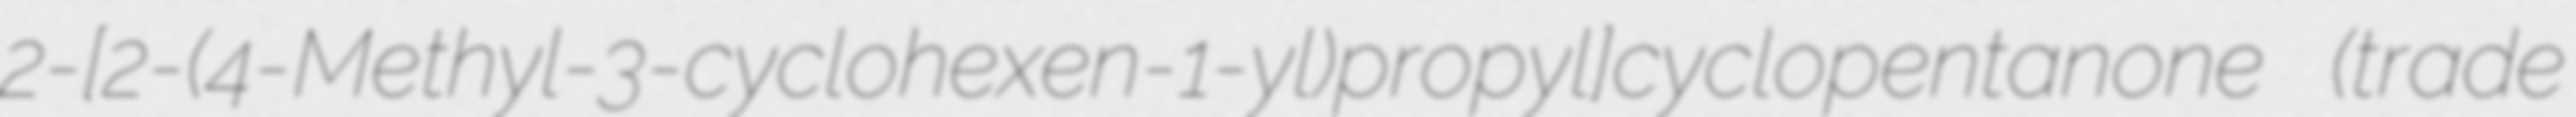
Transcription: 2-[2-(4-Methyl-3-cyclohexen-1-yl)propyl]cyclopentanone (trade